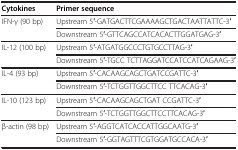
<table><thead><tr><td><b>Cytokines</b></td><td><b>Primer sequence</b></td></tr></thead><tbody><tr><td>IFN-γ (90 bp)</td><td>Upstream 5′-GATGACTTCGAAAAGCTGACTAATTATTC-3′</td></tr><tr><td> </td><td>Downstream 5′-GTTCAGCCATCACACTTGGATGAG-3′</td></tr><tr><td>IL-12 (100 bp)</td><td>Upstream 5′-ATGATGGCCCTGTGCCTTAG-3′</td></tr><tr><td> </td><td>Downstream 5′-TGCC TCTTAGGATCCATCCATCAGAAG-3′</td></tr><tr><td>IL-4 (93 bp)</td><td>Upstream 5′-CACAAGCAGCTGATCCGATTC-3′</td></tr><tr><td> </td><td>Downstream 5′-TCTGGTTGGCTTCC TTCACAG-3′</td></tr><tr><td>IL-10 (123 bp)</td><td>Upstream 5′-CACAAGCAGCTGAT CCGATTC-3′</td></tr><tr><td> </td><td>Downstream 5′-TCTGGTTGGCTTCCTTCACAG-3′</td></tr><tr><td>β-actin (98 bp)</td><td>Upstream 5′-AGGTCATCACCATTGGCAATG-3′</td></tr><tr><td> </td><td>Downstream 5′-GGTAGTTTCGTGGATGCCACA-3′</td></tr></tbody></table>